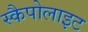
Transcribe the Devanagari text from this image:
स्कैपोलाइट